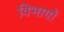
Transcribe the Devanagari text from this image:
विभागों